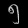
Digit: ၅